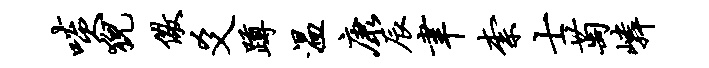
啖猊儆爻蹲温康辰聿柰士萄嶙